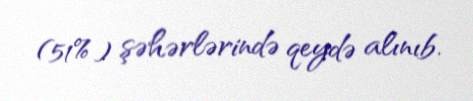
(51%) şəhərlərində qeydə alınıb.